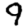
Digit: 9